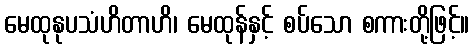
မေထုနုပသံဟိတာဟိ၊ မေထုန်နှင့် စပ်သော စကားတို့ဖြင့်။